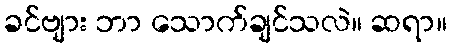
ခင်ဗျား ဘာ သောက်ချင်သလဲ။ ဆရာ။